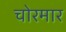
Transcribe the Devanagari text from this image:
चोरमार